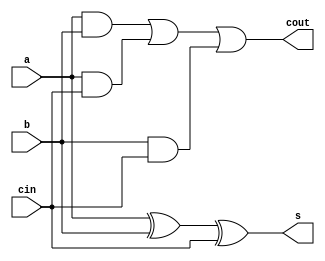
module full_adder_15 (
    input a,
    input b,
    input cin,
    output reg s,
    output reg cout
  );
  
  
  
  always @* begin
    s = a ^ b ^ cin;
    cout = (a & b) | (a & cin) | (b & cin);
  end
endmodule